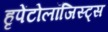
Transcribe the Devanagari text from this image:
हृपेंटोलॉजिस्ट्स